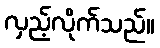
လှည့်လိုက်သည်။